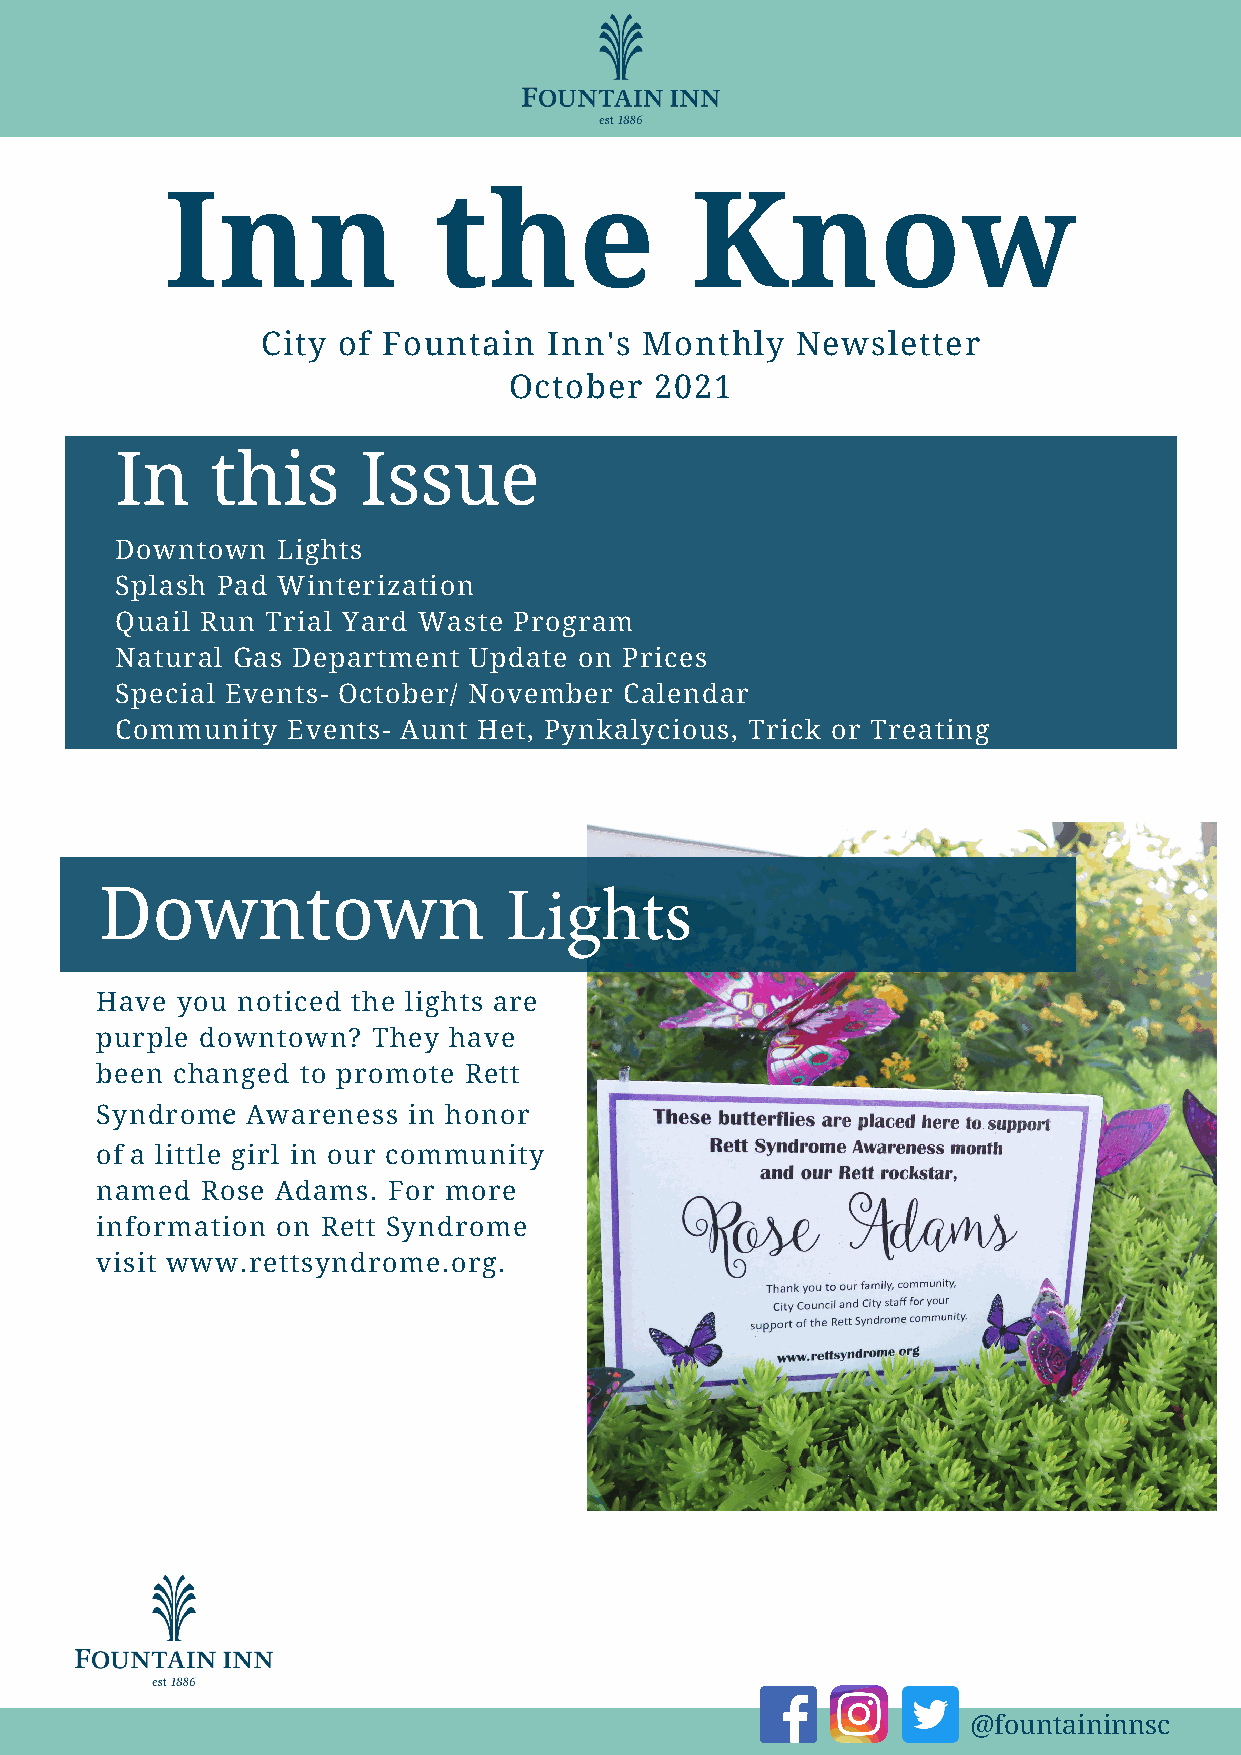
Inn               the              Know
 City of Fountain   Inn's  Monthly   Newsletter
 October  2021
 In    this      Issue
 Downtown  Lights
 Splash Pad Winterization
 Quail Run Trial Yard Waste Program
 Natural Gas Department Update on Prices
 Special Events- October/ November Calendar
 Community  Events- Aunt Het, Pynkalycious, Trick or Treating
 Downtown
 Lights
 Have  you noticed the lights are
 purple downtown?   They have
 been changed  to promote Rett
 Syndrome  Awareness  in honor
 of a little girl in our community
 named  Rose Adams.  For more
 information on Rett Syndrome
 visit www.rettsyndrome.org.
 @fountaininnsc